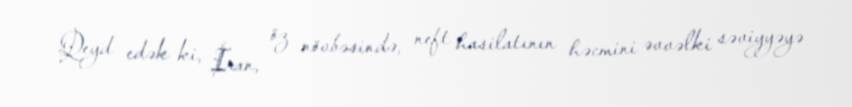
Qeyd edək ki, İran, öz növbəsində, neft hasilatının həcmini əvvəlki səviyyəyə